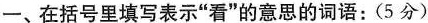
一、在括号里填写表示”看”的意思的词语：(5分)